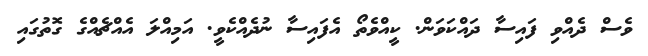
ވެސް ދެއްވި ފައިސާ ދައްކަވަން. ކީއްވެތޯ އެފައިސާ ނުދެއްކެވީ. އަމިއްލަ އެއްޗެއްގެ ގޮތުގައި